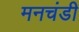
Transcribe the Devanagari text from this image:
मनचंडी